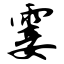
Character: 霎